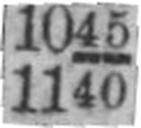
1140